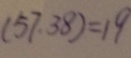
( 5 7 , 3 8 ) = 1 9